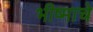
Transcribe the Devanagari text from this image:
भीष्माचे